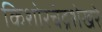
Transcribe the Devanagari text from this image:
किशोरचंद्रशेखरे